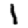
Digit: 1